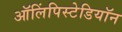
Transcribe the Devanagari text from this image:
ऑलिंपिस्टेडियॉन